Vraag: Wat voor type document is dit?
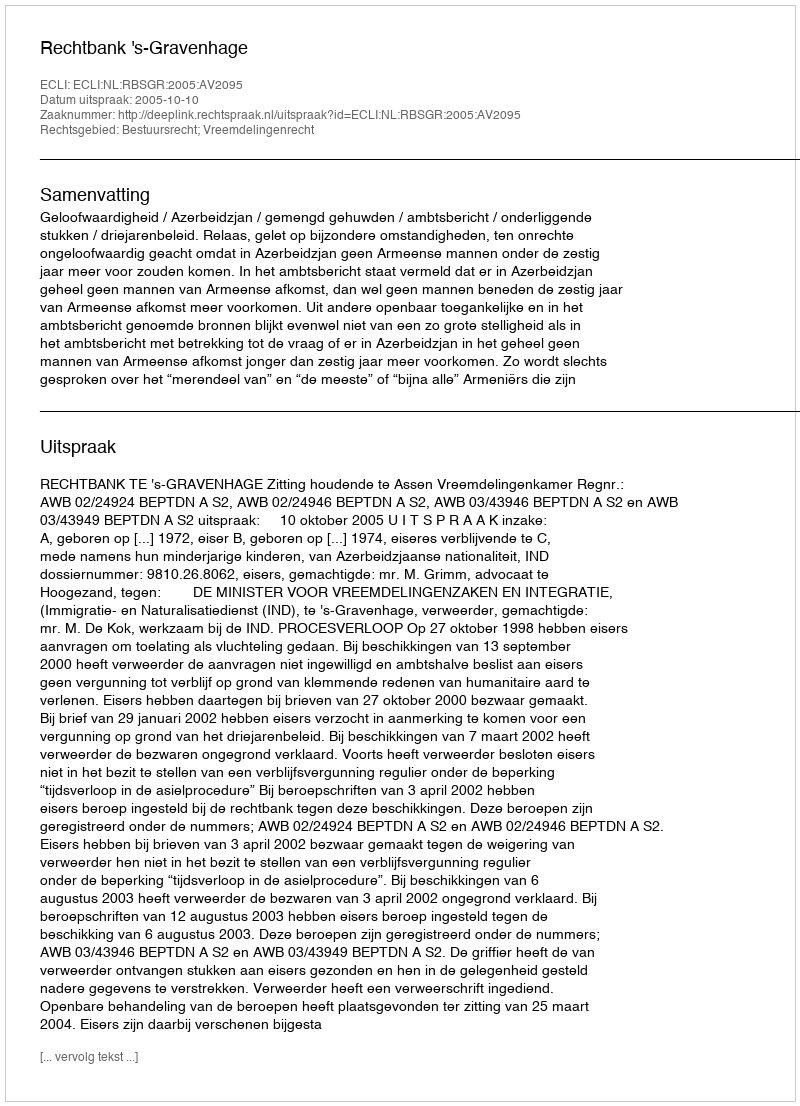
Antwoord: Uitspraak